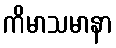
ကိမာသမာနာ